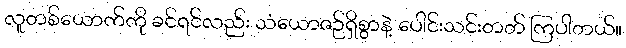
လူတစ်ယောက်ကို ခင်ရင်လည်း သံယောဇဉ်ရှိစွာနဲ့ ပေါင်းသင်းတတ် ကြပါတယ်။